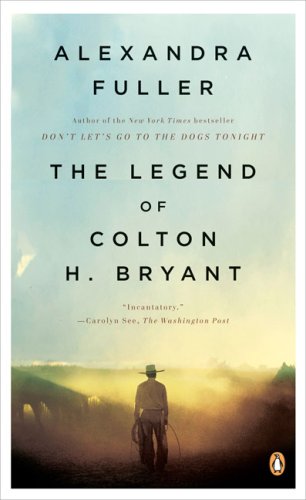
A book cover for The Legend of Colton H. Bryant; Alexandra Fuller; Biographies & Memoirs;